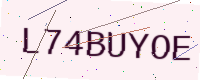
Text: L74BUYOE